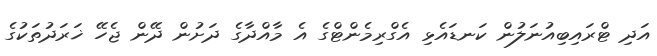
އަދި ޓްރައިބިއުނަލުން ކަނޑައެޅި އެގްރިމެންޓްގެ އެ މާއްދާގެ ދަށުން ދޭން ޖެހޭ ޚަރަދުތަކުގެ